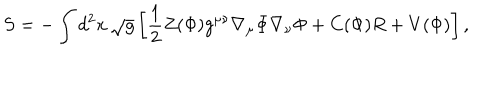
LaTeX: S = - \int d ^ { 2 } x \, \sqrt { g } \left[ { \frac { 1 } { 2 } } Z ( \Phi ) g ^ { \mu \nu } \nabla _ { \mu } \Phi \nabla _ { \nu } \Phi + C ( \Phi ) R + V ( \Phi ) \right] ,